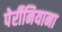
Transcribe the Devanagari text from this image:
पेर्रीनियाना